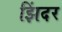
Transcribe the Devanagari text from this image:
झिंदर